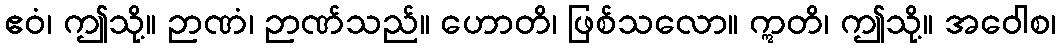
ဧဝံ၊ ဤသို့။ ဉာဏံ၊ ဉာဏ်သည်။ ဟောတိ၊ ဖြစ်သလော။ ဣတိ၊ ဤသို့။ အဝေါစ၊